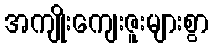
အကျိုးကျေးဇူးများစွာ